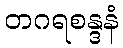
တဂရစန္ဒနံ